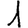
Digit: 1